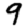
Digit: 9